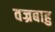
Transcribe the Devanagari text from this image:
वज्रबाहु